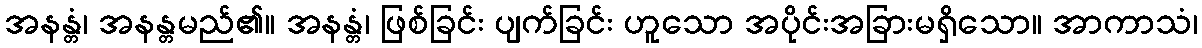
အနန္တံ၊ အနန္တမည်၏။ အနန္တံ၊ ဖြစ်ခြင်း ပျက်ခြင်း ဟူသော အပိုင်းအခြားမရှိသော။ အာကာသံ၊